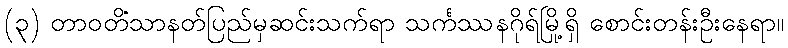
(၃) တာဝတိံသာနတ်ပြည်မှဆင်းသက်ရာ သင်္ကဿနဂိုရ်မြို့ရှိ စောင်းတန်းဦးနေရာ။